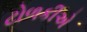
ટોળકીએ